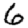
Digit: 6